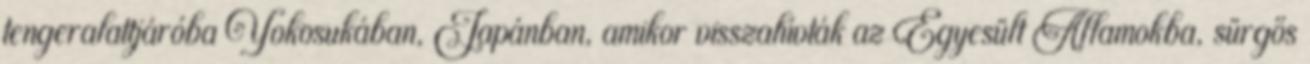
tengeralattjáróba Yokosukában, Japánban, amikor visszahívták az Egyesült Államokba, sürgős